Lunatic asylums Punjab 1895-1910 - 1895-1910
Year: 1895
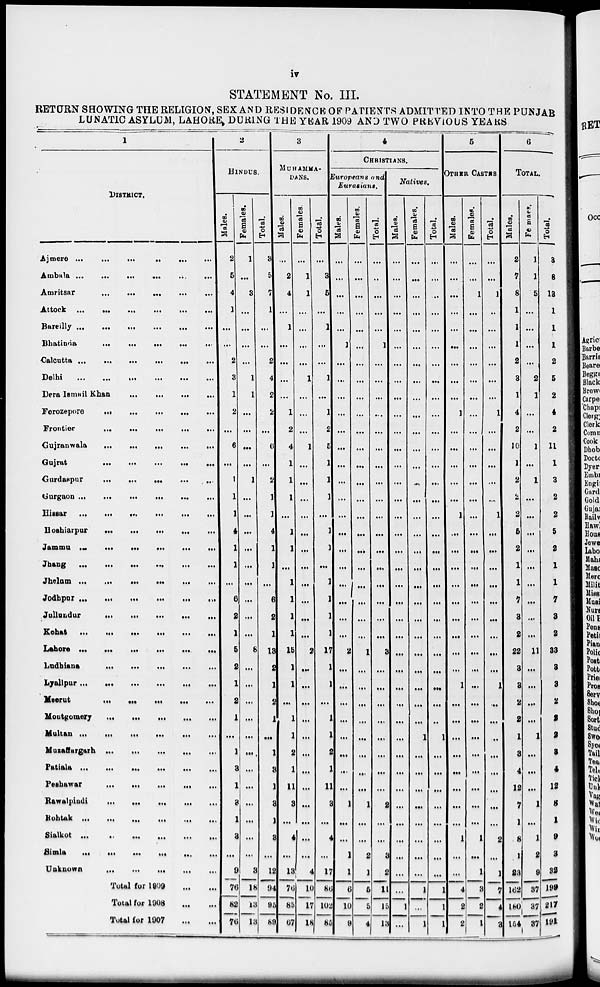
iv
STATEMENT No. III.
RETURN SHOWING THE RELIGION, SEX AND RESIDENCE OF PATIENTS ADMITTED INTO THE PUNJAB
LUNATIC ASYLUM, LAHORE DURING THE YEAR 1909 AND TWO PREVIOUS YEARS
1
DISTRICT.
Ajmere
...
...
...
...
...
...
Ambala ... ... ... ... ... ...
Amritsar
...
...
...
...
...
...
Attock ... ... ... ... ... ...
Bareilly
...
...
...
...
...
...
Bhatinda
...
...
...
...
...
...
Calcutta
...
...
...
...
...
...
Delhi ... ... ... ... ... ...
Dera Ismail Khan
...
...
...
...
...
Ferozepore
...
...
...
...
...
...
Frontier
...
...
...
...
...
...
Gujranwala
...
...
...
...
...
...
Gujrat
...
...
...
...
...
...
Gurdaspur
...
...
...
...
...
...
Gurgaon ...
...
...
...
...
...
Hissar ... ... ... ... ... ...
Hoshiarpur
...
...
...
...
...
...
Jammu
...
...
...
...
...
...
Jhang
...
...
...
...
...
...
Jhelum ... ... ... ... ... ...
Jodhpur
...
...
...
...
...
...
Jullundur
...
...
...
...
...
...
Kohat
...
...
...
...
...
...
Lahore ...
...
...
...
....
Ludhiana
...
...
...
...
...
...
Lyallpur
...
...
...
...
...
...
Meerut
...
...
...
...
...
...
Montgomery
...
...
...
...
...
...
Multan
...
...
...
...
...
...
Muzaffargarh
...
...
...
...
...
...
Patiala ... ... ... ... ... ...
Peshawar
...
...
...
...
...
...
Rawalpindi
...
...
...
...
...
...
Hohtak ... ... ... ... ... ...
Sialkot
...
...
...
...
...
...
Simla ... ... ... ... ... ...
Unknown
...
...
...
...
...
...
Total for 1909
...
...
Total for 1908
...
...
Total lor 1907
...
...
2
HINDUS.
Males.
2
5
4
1
...
...
2
3
1
2
...
6
...
1
1
1
4
1
1
...
6
2
1
5
2
1
2
1
...
1
3
1
3
1
3
...
9
76
82
76
Females.
1
...
3
...
...
...
...
1
1
...
...
...
...
1
...
...
...
...
...
...
...
...
...
8
...
...
...
...
...
...
...
...
...
...
...
...
3
18
13
13
Total.
3
5
7
1
...
...
2
4
2
2
...
6
...
2
1
1
4
1
1
...
6
2
1
13
2
1
2
1
...
1
3
1
3
1
3
...
12
94
95
89
3
MUHAMMA-
DANAS.
Males.
...
2
4
...
1
...
...
...
...
1
2
4
1
1
1
...
1
1
...
1
1
1
1
l5
1
1
...
1
1
2
1
11
3
...
4
...
13
76
85
67
Females.
...
1
1
...
...
...
...
1
...
...
...
1
...
...
...
...
...
...
...
...
...
...
...
2
...
...
...
...
..
...
...
...
...
...
...
...
4
10
17
18
Total.
...
3
5
...
1
...
...
1
...
1
2
5
1
1
1
...
1
1
...
1
1
1
1
17
1
1
...
1
1
2
1
11
3
...
4
...
17
86
102
85
4
CHRISTIANS.
Europeans and
Eurasians.
Males.
...
...
...
...
...
1
...
...
...
...
...
...
...
...
...
...
...
...
...
.
...
...
...
2
...
...
...
...
...
...
...
...
1
...
...
1
1
6
10
9
Females.
...
...
...
...
...
...
...
...
...
...
...
...
...
...
...
...
...
...
...
...
...
...
...
1
...
...
...
...
...
...
...
...
1
...
...
2
1
5
5
4
Total.
...
...
...
...
...
1
...
...
...
...
...
...
...
...
...
...
...
...
...
...
...
...
3
...
...
...
...
...
...
...
...
2
...
...
3
2
11
15
13
Natives..
Males.
...
...
...
...
...
...
...
...
...
...
...
...
...
...
...
...
...
...
...
...
...
...
...
...
...
...
...
...
...
...
...
...
...
...
...
...
...
1
...
Females.
...
...
...
...
...
...
...
...
...
...
...
...
...
...
...
...
...
...
...
...
...
...
...
...
...
...
...
1
...
...
...
...
...
...
...
...
1
...
1
Total.
...
...
...
...
...
...
...
...
...
...
...
...
...
...
...
...
...
...
...
...
...
...
...
...
...
...
...
..
1
...
...
...
...
...
...
...
...
1
1
1
5
OTHER CASTES.
Males.
...
...
...
...
...
...
...
...
...
1
...
...
...
...
...
1
...
...
...
...
...
...
...
...
...
1
...
...
...
...
...
...
...
...
1
...
...
4
2
2
Females.
...
...
1
...
...
...
...
...
...
...
...
...
...
...
...
...
...
...
...
...
...
...
...
...
...
...
...
...
...
...
...
...
...
...
1
...
1
3
2
1
Total.
...
...
1
..
...
...
...
...
...
1
...
...
...
...
...
1
...
...
...
...
...
...
...
...
...
1
...
...
...
...
...
...
2
...
1
7
4
3
6
TOTAL.
Males.
2
7
8
1
1
1
2
3
1
4
2
10
1
2
2
2
5
2
1
1
7
3
2
22
3
3
2
2
1
3
4
12
7
1
8
1
23
162
180
154
Females.
1
1
5
...
...
...
2
1
...
...
1
...
1
...
...
...
...
...
...
...
...
11
...
...
...
1
...
...
...
1
...
1
2
9
37
37
37
Total.
3
8
13
1
1
1
2
5
2
4
2
11
1
3
2
2
5
2
1
1
7
3
2
33
3
3
2
2
2
3
4
12
8
1
9
3
32
199
217
191